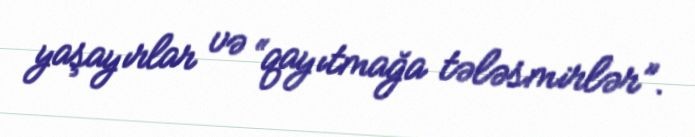
yaşayırlar və “qayıtmağa tələsmirlər”.